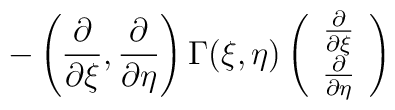
-\left( \frac{\partial}{\partial\xi}, \frac{\partial}{\partial\eta} \right) \Gamma(\xi,\eta) \left(\begin{array}{c} \frac{\partial}{\partial\xi} \\\frac{\partial}{\partial\eta} \end{array} \right)